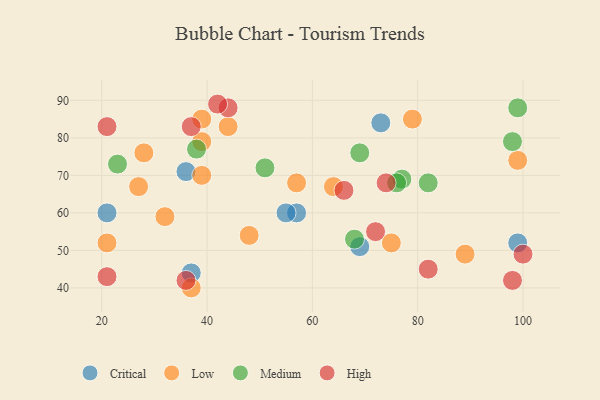
{"axis": {"x": "GDP", "y": "Life Expectancy"}, "legend": ["Critical", "High", "Low", "Medium"], "data": [{"x": "57", "y": 60, "type": "Critical"}, {"x": "36", "y": 71, "type": "Critical"}, {"x": "37", "y": 44, "type": "Critical"}, {"x": "73", "y": 84, "type": "Critical"}, {"x": "99", "y": 52, "type": "Critical"}, {"x": "69", "y": 51, "type": "Critical"}, {"x": "21", "y": 60, "type": "Critical"}, {"x": "55", "y": 60, "type": "Critical"}, {"x": "44", "y": 83, "type": "Low"}, {"x": "27", "y": 67, "type": "Low"}, {"x": "39", "y": 85, "type": "Low"}, {"x": "57", "y": 68, "type": "Low"}, {"x": "28", "y": 76, "type": "Low"}, {"x": "48", "y": 54, "type": "Low"}, {"x": "99", "y": 74, "type": "Low"}, {"x": "21", "y": 52, "type": "Low"}, {"x": "32", "y": 59, "type": "Low"}, {"x": "75", "y": 52, "type": "Low"}, {"x": "89", "y": 49, "type": "Low"}, {"x": "37", "y": 40, "type": "Low"}, {"x": "39", "y": 70, "type": "Low"}, {"x": "79", "y": 85, "type": "Low"}, {"x": "64", "y": 67, "type": "Low"}, {"x": "39", "y": 79, "type": "Low"}, {"x": "51", "y": 72, "type": "Medium"}, {"x": "23", "y": 73, "type": "Medium"}, {"x": "68", "y": 53, "type": "Medium"}, {"x": "77", "y": 69, "type": "Medium"}, {"x": "76", "y": 68, "type": "Medium"}, {"x": "82", "y": 68, "type": "Medium"}, {"x": "99", "y": 88, "type": "Medium"}, {"x": "38", "y": 77, "type": "Medium"}, {"x": "98", "y": 79, "type": "Medium"}, {"x": "69", "y": 76, "type": "Medium"}, {"x": "72", "y": 55, "type": "High"}, {"x": "82", "y": 45, "type": "High"}, {"x": "37", "y": 83, "type": "High"}, {"x": "44", "y": 88, "type": "High"}, {"x": "21", "y": 83, "type": "High"}, {"x": "42", "y": 89, "type": "High"}, {"x": "66", "y": 66, "type": "High"}, {"x": "100", "y": 49, "type": "High"}, {"x": "36", "y": 42, "type": "High"}, {"x": "21", "y": 43, "type": "High"}, {"x": "98", "y": 42, "type": "High"}, {"x": "74", "y": 68, "type": "High"}]}